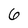
Character: 6